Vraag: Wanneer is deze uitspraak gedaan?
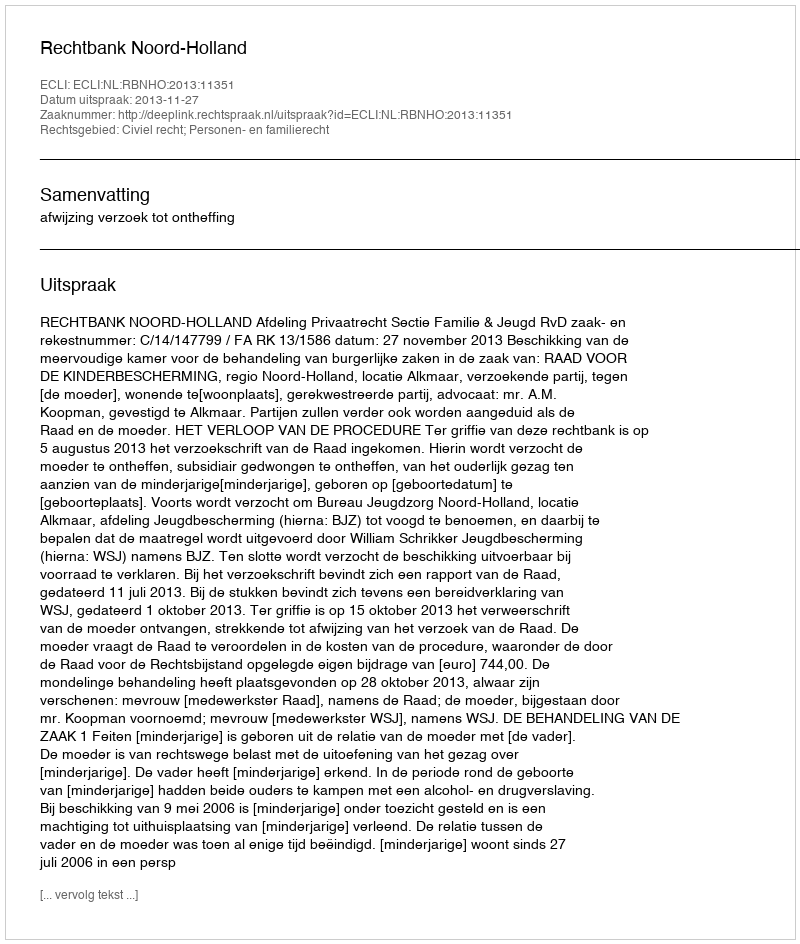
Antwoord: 2013-11-27